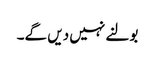
بولنے نہیں دیں گے۔